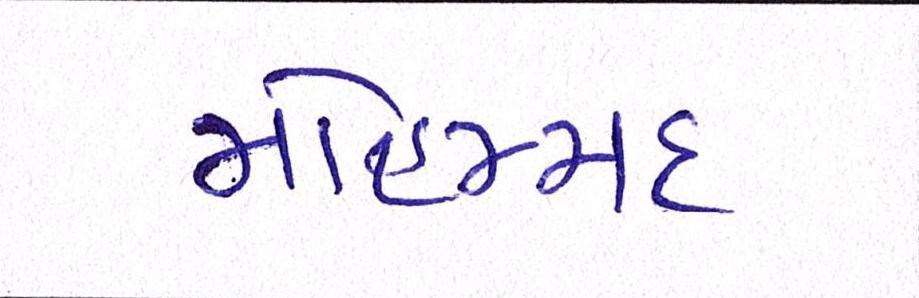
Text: મોહમ્મદ